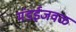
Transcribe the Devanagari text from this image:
मंडईजवळ